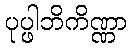
ပုပ္ဖါဘိကိဏ္ဏာ